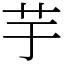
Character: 芋